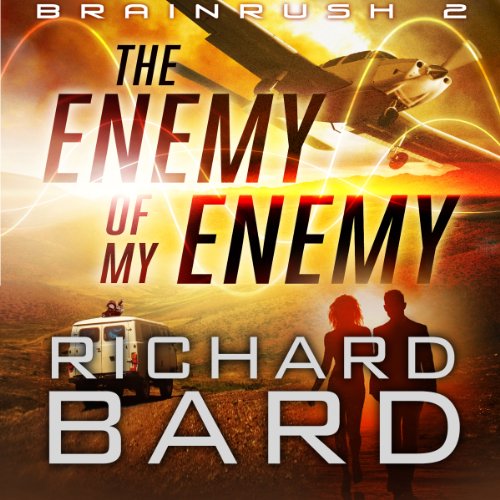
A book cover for The Enemy of my Enemy: Brainrush, Book 2; Richard Bard; Literature & Fiction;